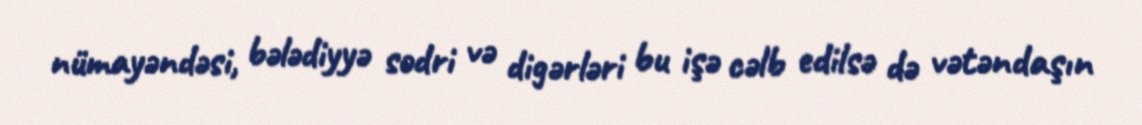
nümayəndəsi, bələdiyyə sədri və digərləri bu işə cəlb edilsə də vətəndaşın